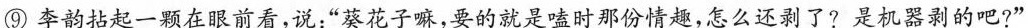
⑨李韵拈起一颗在眼前看，说:“葵花子嘛，要的就是嗑时那份情趣，怎么还剥了?是机器剥的吧?”